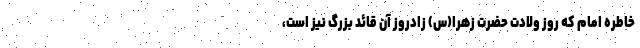
خاطره امام که روز ولادت حضرت زهرا(س) زادروز آن قائد بزرگ نیز است،